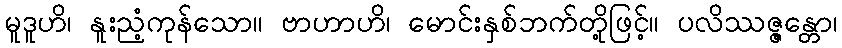
မူဒူဟိ၊ နူးညံ့ကုန်သော။ ဗာဟာဟိ၊ မောင်းနှစ်ဘက်တို့ဖြင့်။ ပလိဿဇ္ဇန္တော၊